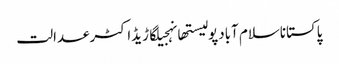
پاکستاناسلام آبادپولیستھانہجیلگاڑیڈاکٹرعدالت